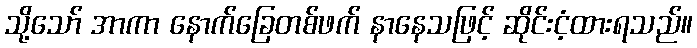
သို့သော် အာကာ နောက်ခြေတစ်ဖက် နာနေသဖြင့် ဆိုင်းငံ့ထားရသည်။